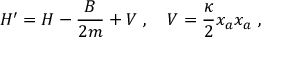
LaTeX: H ^ { \prime } = H - \frac { B } { 2 m } + V \ , \quad V = \frac { \kappa } { 2 } x _ { a } x _ { a } \ ,